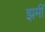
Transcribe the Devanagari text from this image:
झमीं